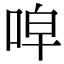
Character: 唕